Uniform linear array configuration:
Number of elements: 32
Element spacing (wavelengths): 0.75
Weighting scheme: hamming
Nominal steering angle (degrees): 30
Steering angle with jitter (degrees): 30.122
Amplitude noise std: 0.05
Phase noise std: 0.05

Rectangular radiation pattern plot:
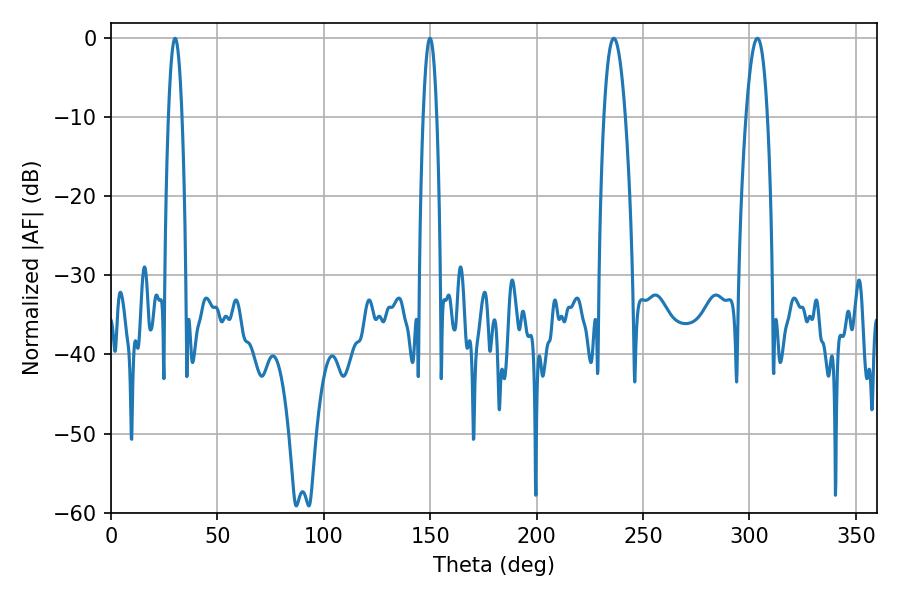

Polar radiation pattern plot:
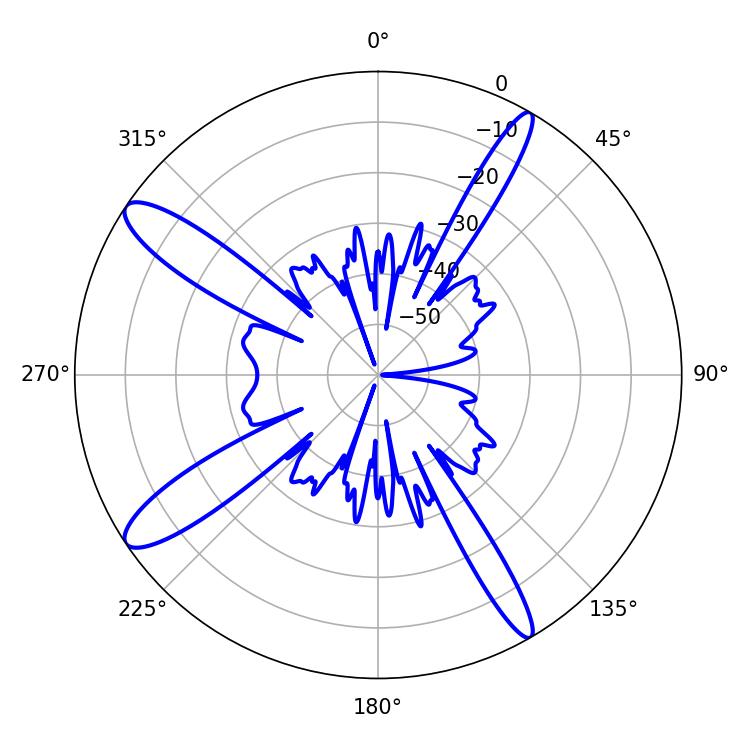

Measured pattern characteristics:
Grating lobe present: TRUE
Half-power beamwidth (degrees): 5.58
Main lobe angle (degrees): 236.34